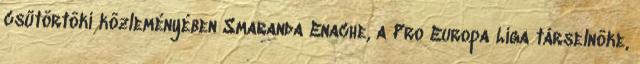
csütörtöki közleményében Smaranda Enache, a Pro Europa Liga társelnöke,